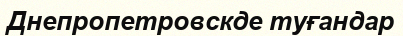
Днепропетровскде туғандар